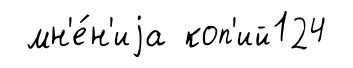
мн'е́н'иjа коп'ий124